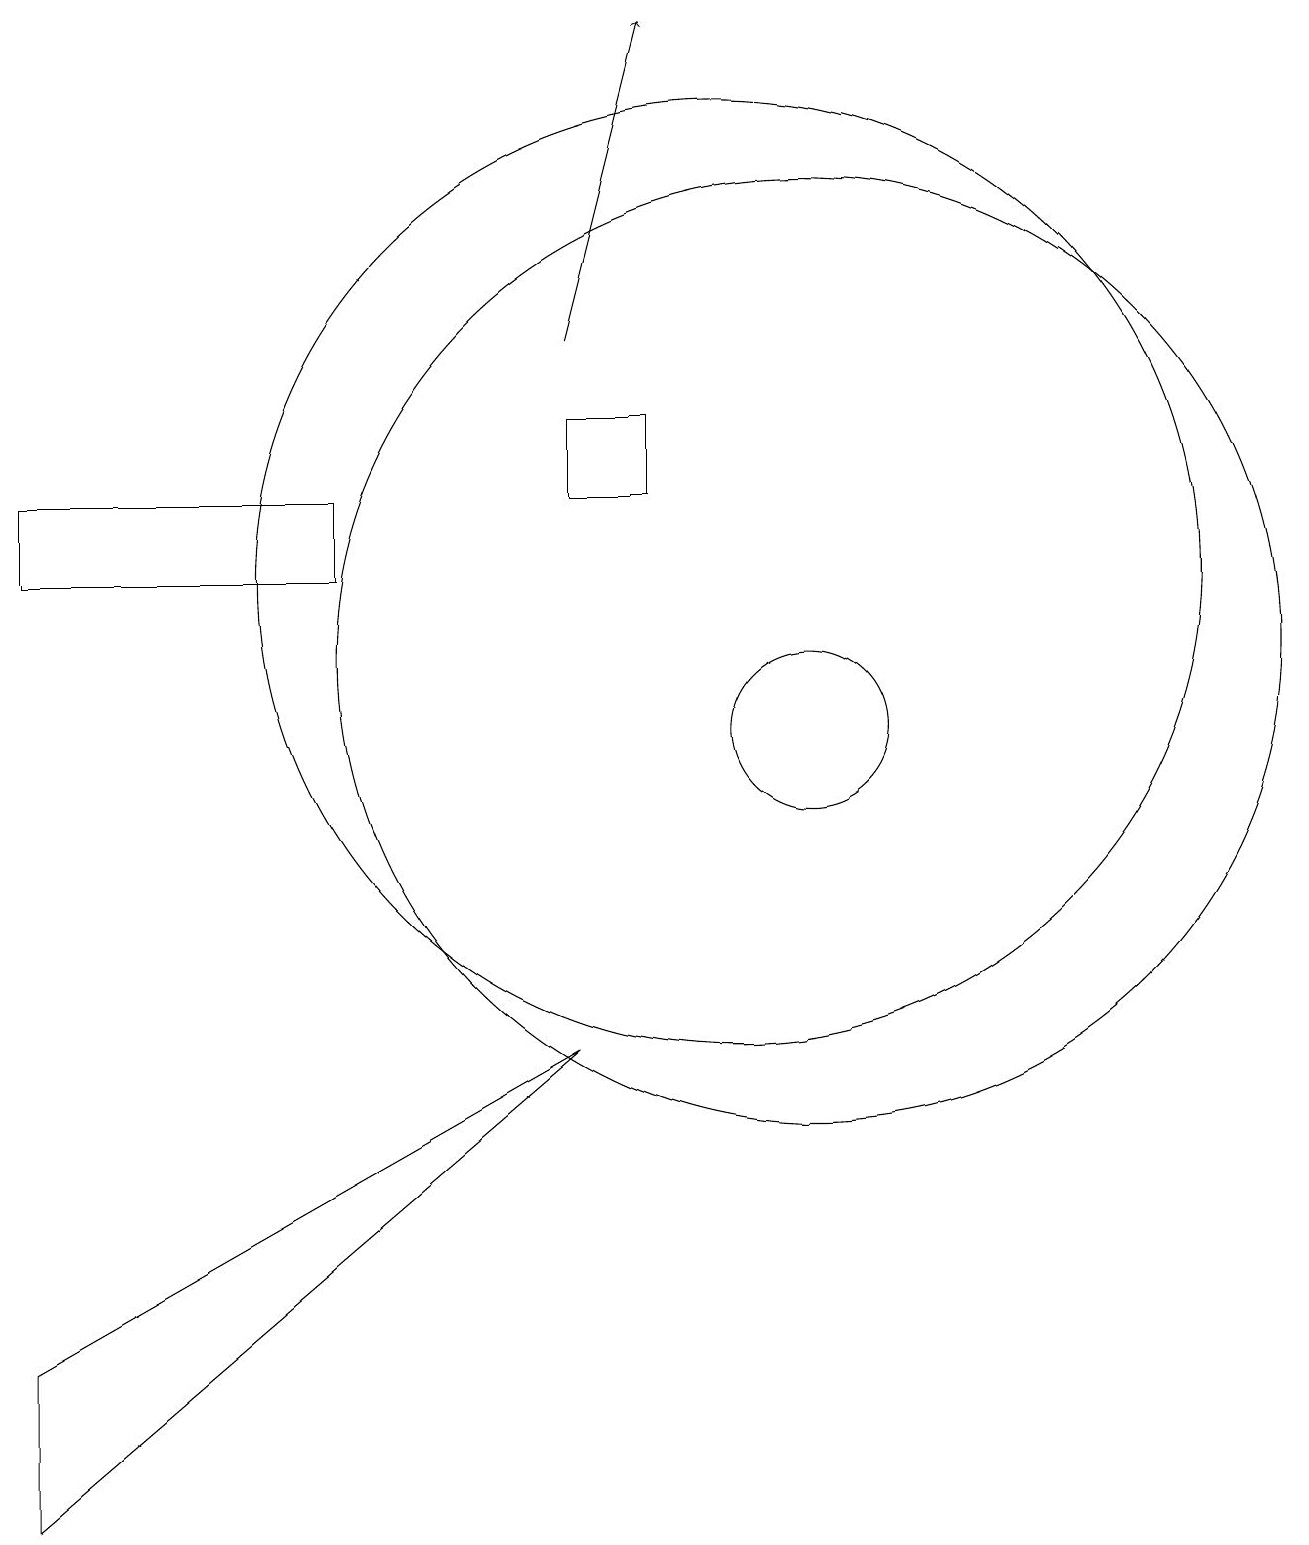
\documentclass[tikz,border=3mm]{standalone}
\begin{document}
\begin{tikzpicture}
\draw (10,12) circle (6);
\draw[->] (8,15) -- (9,19);
\draw (1,0) -- (8,6) -- (1,2) -- cycle;
\draw (11,10) circle (1);
\draw (5,13) rectangle (1,12);
\draw (9,13) rectangle (8,14);
\draw (11,11) circle (6);
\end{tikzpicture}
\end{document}